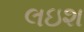
લઇશ